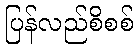
ပြန်လည်စိစစ်